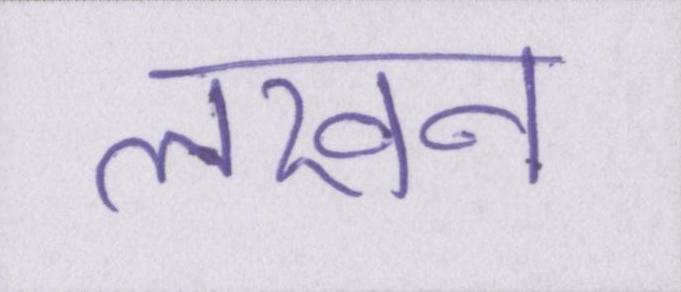
लखन